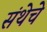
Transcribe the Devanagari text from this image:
संथेचे